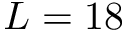
L = 1 8